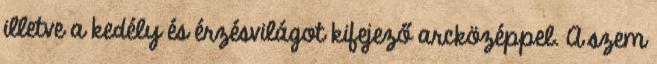
illetve a kedély és érzésvilágot kifejező arcközéppel. A szem